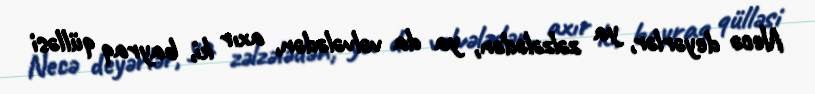
Necə deyərlər, ya zəlzələdən, ya da vəlvələdən, axır ki, bayraq qülləsi